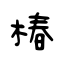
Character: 椿